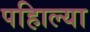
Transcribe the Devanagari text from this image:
पहिाल्या